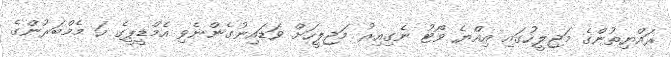
ރައްޔިތުންގެ މަޖިލީހުގައި އިއްޔެ ވޯޓު ނެގިއިރު މަޖިލީހަށް ވަޑައިނުގެންނެވި އެމްޑީޕީގެ ހަ މެމްބަރުންގެ